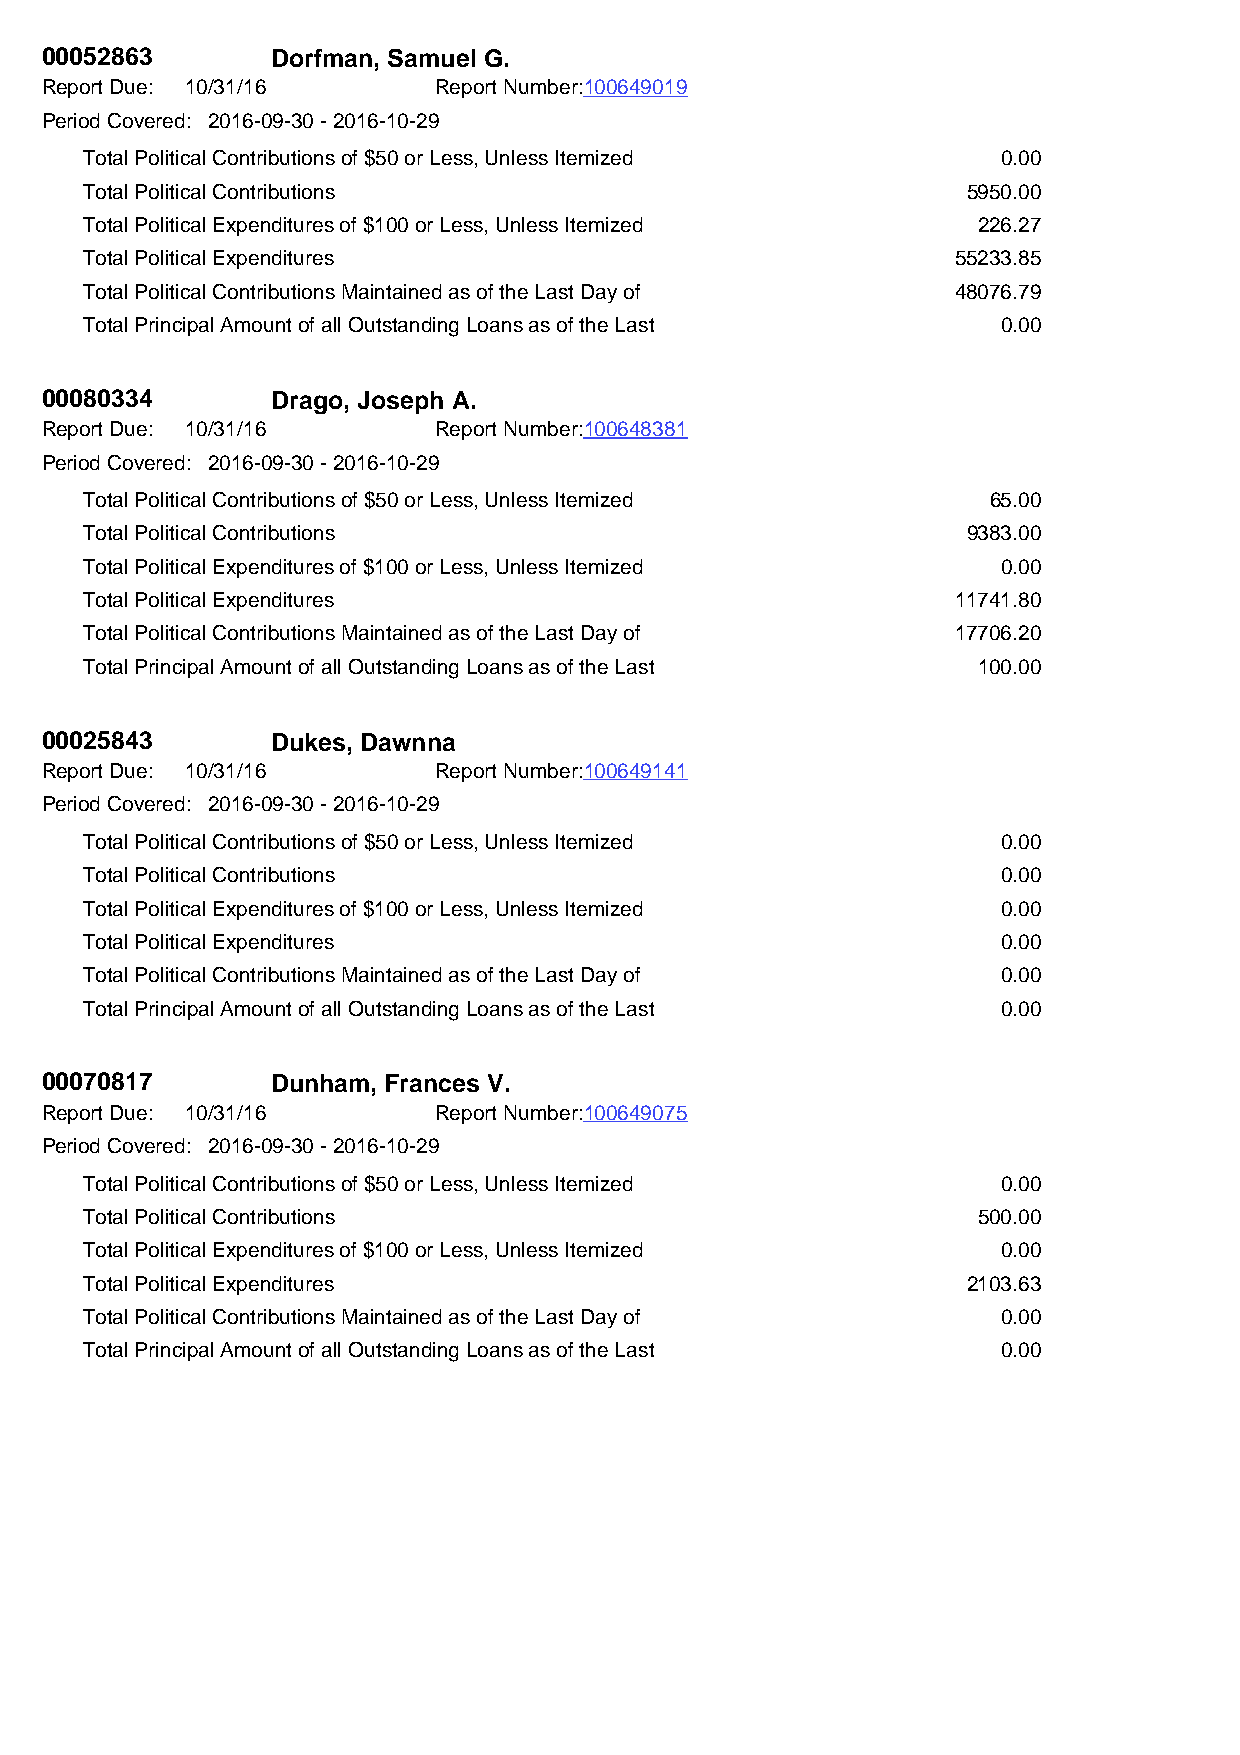
00052863       Dorfman, Samuel G.
 Report Due: 10/31/16      Report Number:100649019
 Period Covered: 2016-09-30 - 2016-10-29
 Total Political Contributions of $50 or Less, Unless Itemized 0.00
 Total Political Contributions                             5950.00
 Total Political Expenditures of $100 or Less, Unless Itemized 226.27
 Total Political Expenditures                             55233.85
 Total Political Contributions Maintained as of the Last Day of 48076.79
 Total Principal Amount of all Outstanding Loans as of the Last 0.00
 00080334       Drago, Joseph A.
 Report Due: 10/31/16      Report Number:100648381
 Period Covered: 2016-09-30 - 2016-10-29
 Total Political Contributions of $50 or Less, Unless Itemized 65.00
 Total Political Contributions                             9383.00
 Total Political Expenditures of $100 or Less, Unless Itemized 0.00
 Total Political Expenditures                             11741.80
 Total Political Contributions Maintained as of the Last Day of 17706.20
 Total Principal Amount of all Outstanding Loans as of the Last 100.00
 00025843       Dukes, Dawnna
 Report Due: 10/31/16      Report Number:100649141
 Period Covered: 2016-09-30 - 2016-10-29
 Total Political Contributions of $50 or Less, Unless Itemized 0.00
 Total Political Contributions                               0.00
 Total Political Expenditures of $100 or Less, Unless Itemized 0.00
 Total Political Expenditures                                0.00
 Total Political Contributions Maintained as of the Last Day of 0.00
 Total Principal Amount of all Outstanding Loans as of the Last 0.00
 00070817       Dunham, Frances V.
 Report Due: 10/31/16      Report Number:100649075
 Period Covered: 2016-09-30 - 2016-10-29
 Total Political Contributions of $50 or Less, Unless Itemized 0.00
 Total Political Contributions                              500.00
 Total Political Expenditures of $100 or Less, Unless Itemized 0.00
 Total Political Expenditures                              2103.63
 Total Political Contributions Maintained as of the Last Day of 0.00
 Total Principal Amount of all Outstanding Loans as of the Last 0.00